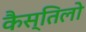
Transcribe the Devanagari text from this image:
कैस्तिलो